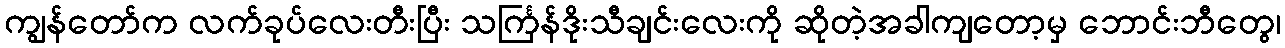
ကျွန်တော်က လက်ခုပ်လေးတီးပြီး သင်္ကြန်ဒိုးသီချင်းလေးကို ဆိုတဲ့အခါကျတော့မှ ဘောင်းဘီတွေ၊